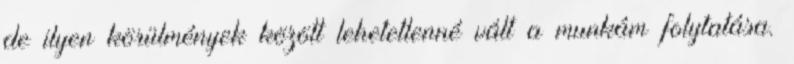
de ilyen körülmények között lehetetlenné vált a munkám folytatása.